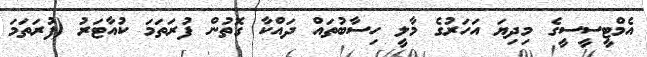
އެމްޓީސީސީގެ މިދިޔަ އަހަރުގެ މާލީ ހިސާބުތައް ދައްކާ ގޮތުން ފުރަތަމަ ކުއާޓަރު (ފުރަތަމަ